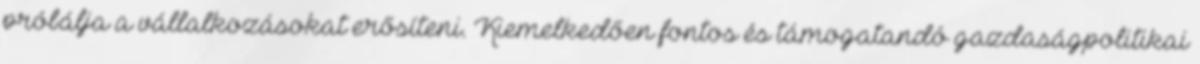
próbálja a vállalkozásokat erősíteni. Kiemelkedően fontos és támogatandó gazdaságpolitikai